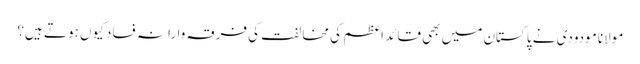
مولانا مودودی نے پاکستان میں بھی قائد اعظم کی مخالفت کی	فرقہ وارانہ فساد کیوں ہوتے ہیں؟